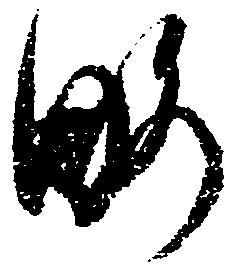
略